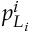
p _ { L _ { i } } ^ { i }